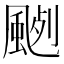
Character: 𩗦